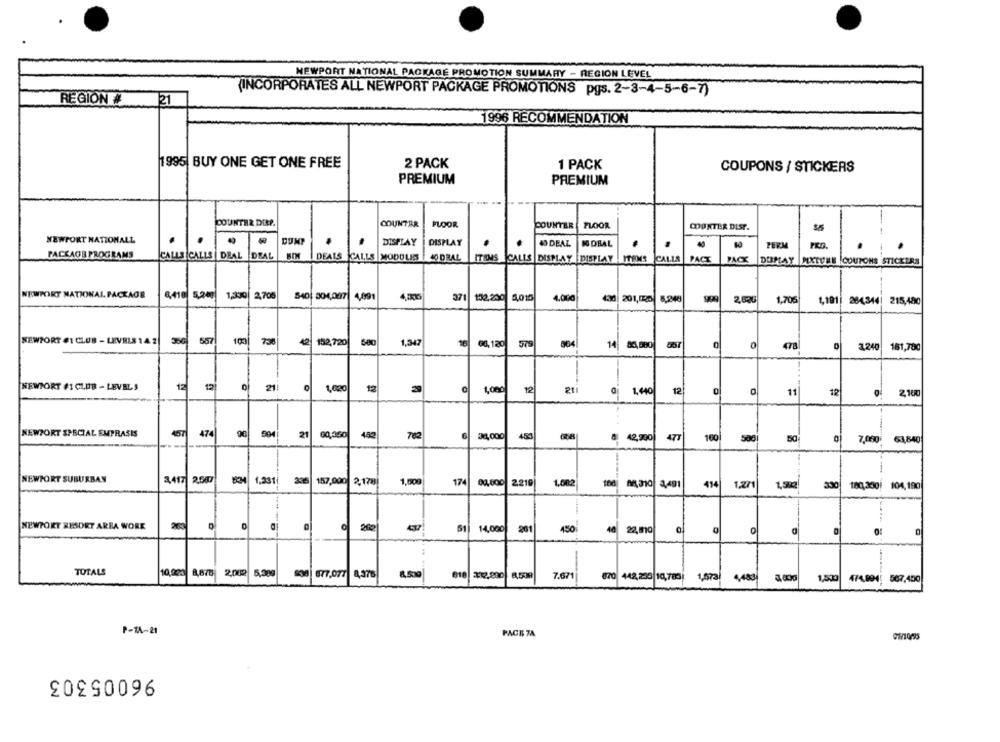
NEWPORT NATIONAL PACKAGE PROMOTION SUMMARY - REGION LEVEL
(INCORPORATES ALL NEWPORT PACKAGE PROMOTIONS pgs. 2-3-4-5-6-7)
REGION
21
1996 RECOMMENDATION
1995| BUY ONE GET ONE FREE
2 PACK
1 PACK
COUPONS / STICKERS
PREMIUM
PREMIUM
DOUNTER DERP.
FLOOR
COUNTER
COUNTER
FLOOR
COUNTER DISP.
NEWPORT NATIONALL
DISPLAY
DISPLAY
4 DEAL
NO DEAL
PERM
PACKAGE PROGRAMS
CALLS CALLS DEAL DEAL
DEALS CALLS MODOUS
40 DRAL
ITEMS
CALLS DISPLAY DISPLAY ITEMS CALLS
PACT
PACK
DEPLAY MIXTURE COUPONS STICKERS
NEWPORT NATIONAL PACKAGE
8,410
1.300 2,706
$401 304,097
4,091
371
401
4.000
4.30
132,200
201,000
8.840
2,52G
1.705
1,191
264,344| 215,480
NEWPORT #1 CLUB - LEVELS 14 2
557
738
152,720
1.347
16
66,120
579
564
14
0
478
1,240
181,780
NEWPORT #1 CLUB - LEVELS
20
620
12
1,000
12
21
1.440
12!
11
12
2.160
NEWPORT SPECIAL EMPRASIS
474
90
594
21
60,350
762
34,000
450
42,330
477
160
50
5001
7,060
63,840
----
NEWPORT SUBURBAN
1417 2.507
1.331
2.06
157,000
2.178
1.008
174
01,800
2219
1,002
100
M30 3,491
414
1,27
330
180, 250!
104,190
NEWPORT RESORT AREA WORK
61
14.000
261
450
40
22.mo
0
TOTALS
2,002
10,000 8,870
877,077
8,376
7.671
670 442,235 10,783!
1.873
4,483
1,500
474.894: 567.400
P-1A-21
PACE 7A
96005303